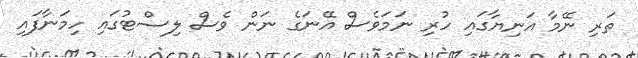
ތަރި ނޭމާ އަނިޔާގައި ހުރި ނަމަވެސް އޭނަގެ ނަން ވެސް ލިސްޓުގައި ހިމަނާފައި